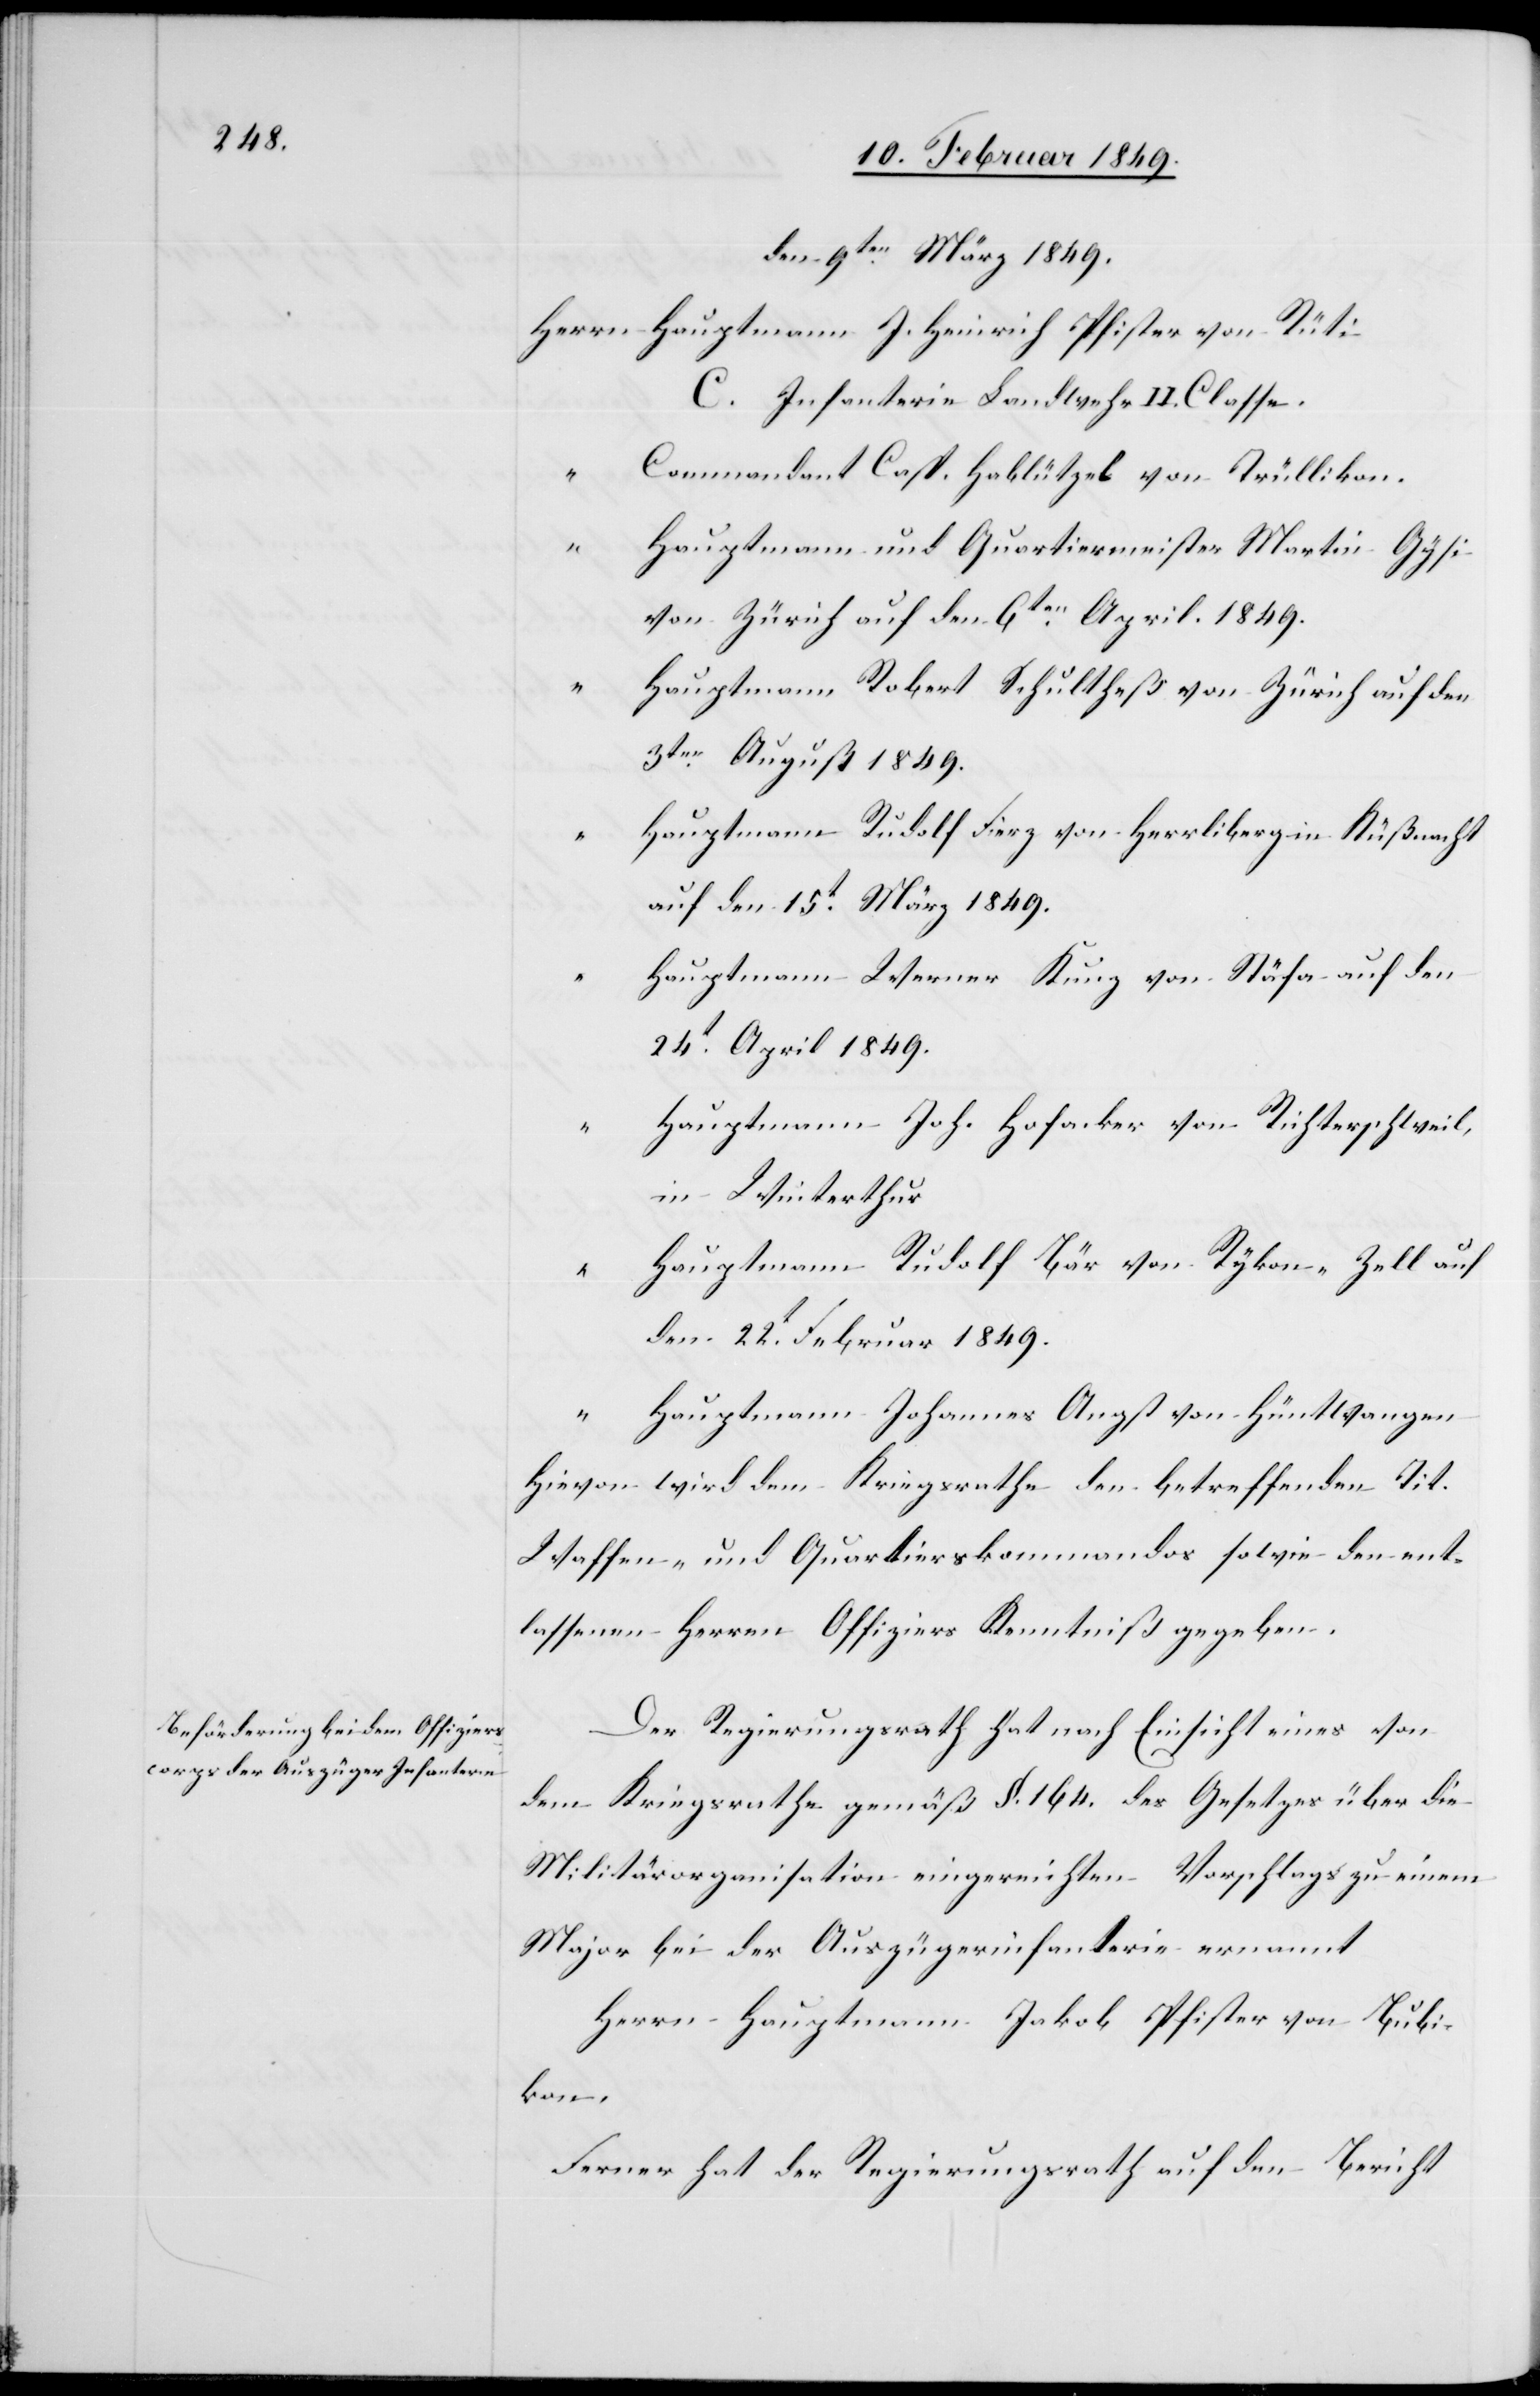
1849.

den 9ten. März 1849.
Herrn Hauptmann J. Heinrich Pfister von Rüti
C. Infanterie Landwehr II. Classe
“ Commandant Casp. Hablützel von Trüllikon.
“
Hauptmann und Quartiermeister Martin Gysi
von Zürich auf den 6ten. April 1849.
Hauptmann Robert Schultheß von Zürich auf den
Hauptmann Rudolf Fierz von Herrliberg in Küßnacht
auf den 15t. März 1849.
Hauptmann Werner Kunz von Stäfa auf den
24t. April 1849.
Hauptmann Joh. Hofacker von Richterschweil,
in Winterthur
Hauptmann Rudolf Bär von Rykon-Zell auf
den 22t. Februar 1849.
3ten.
Hauptmann Johannes Angst von Hüntwangen
Hievon wird dem Kriegsrathe den betreffenden Tit.
Waffen- und Quartierskommandos sowie den ent¬
lassenen Herren Offiziers Kenntniß gegeben.
Der Regierungsrath hat nach Einsicht eines von
dem Kriegsrathe gemäß § 164. des Gesetzes über die
Militärorganisation eingereichten Vorschlags zu einem
Major bei der Auszügerinfanterie ernannt
Herrn Hauptmann Jakob Pfister von Bubi¬
kon.
Ferner hat der Regierungsrath auf den Bericht